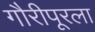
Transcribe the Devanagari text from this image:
गौरीपूरला